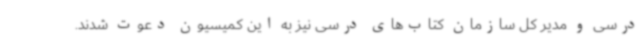
درسی و مدیر کل سازمان کتاب‌های درسی نیز به این کمیسیون دعوت شدند.